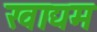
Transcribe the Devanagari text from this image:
खाद्यम